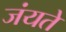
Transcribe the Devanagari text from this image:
जंयते